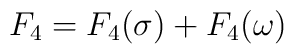
F_4 = F_4(\sigma) + F_4(\omega)